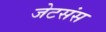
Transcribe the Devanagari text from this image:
जेटसंस